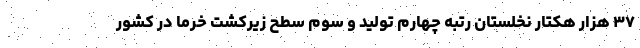
۳۷ هزار هکتار نخلستان رتبه چهارم تولید و سوم سطح زیرکشت خرما در کشور